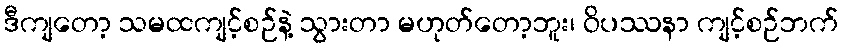
ဒီကျတော့ သမထကျင့်စဉ်နဲ့ သွားတာ မဟုတ်တော့ဘူး၊ ဝိပဿနာ ကျင့်စဉ်ဘက်